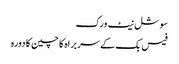
سوشل نیٹ ورک
فیس بک کے سربراہ کا چین کا دورہ